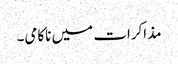
مذاکرات میں ناکامی۔